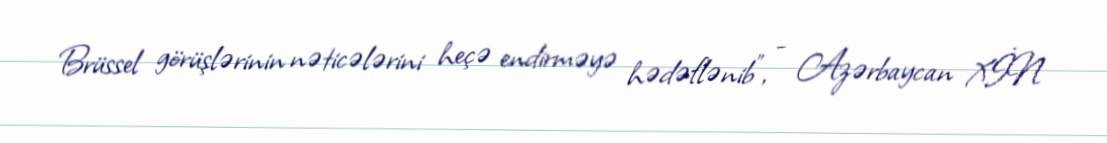
Brüssel görüşlərinin nəticələrini heçə endirməyə hədəflənib”, - Azərbaycan XİN